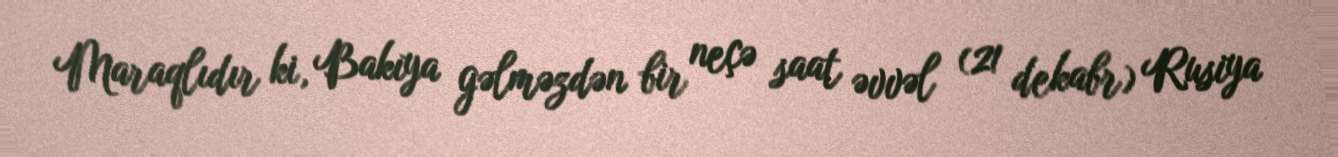
Maraqlıdır ki, Bakıya gəlməzdən bir neçə saat əvvəl (21 dekabr) Rusiya